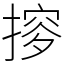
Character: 摉